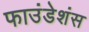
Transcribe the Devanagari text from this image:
फाउंडेशंस